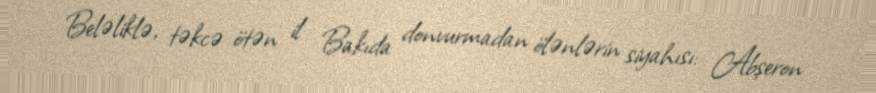
Beləliklə, təkcə ötən il Bakıda donvurmadan ölənlərin siyahısı: Abşeron